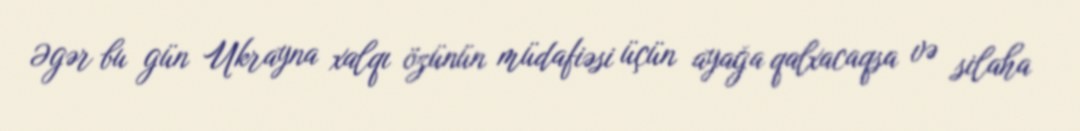
Əgər bu gün Ukrayna xalqı özünün müdafiəsi üçün ayağa qalxacaqsa və silaha